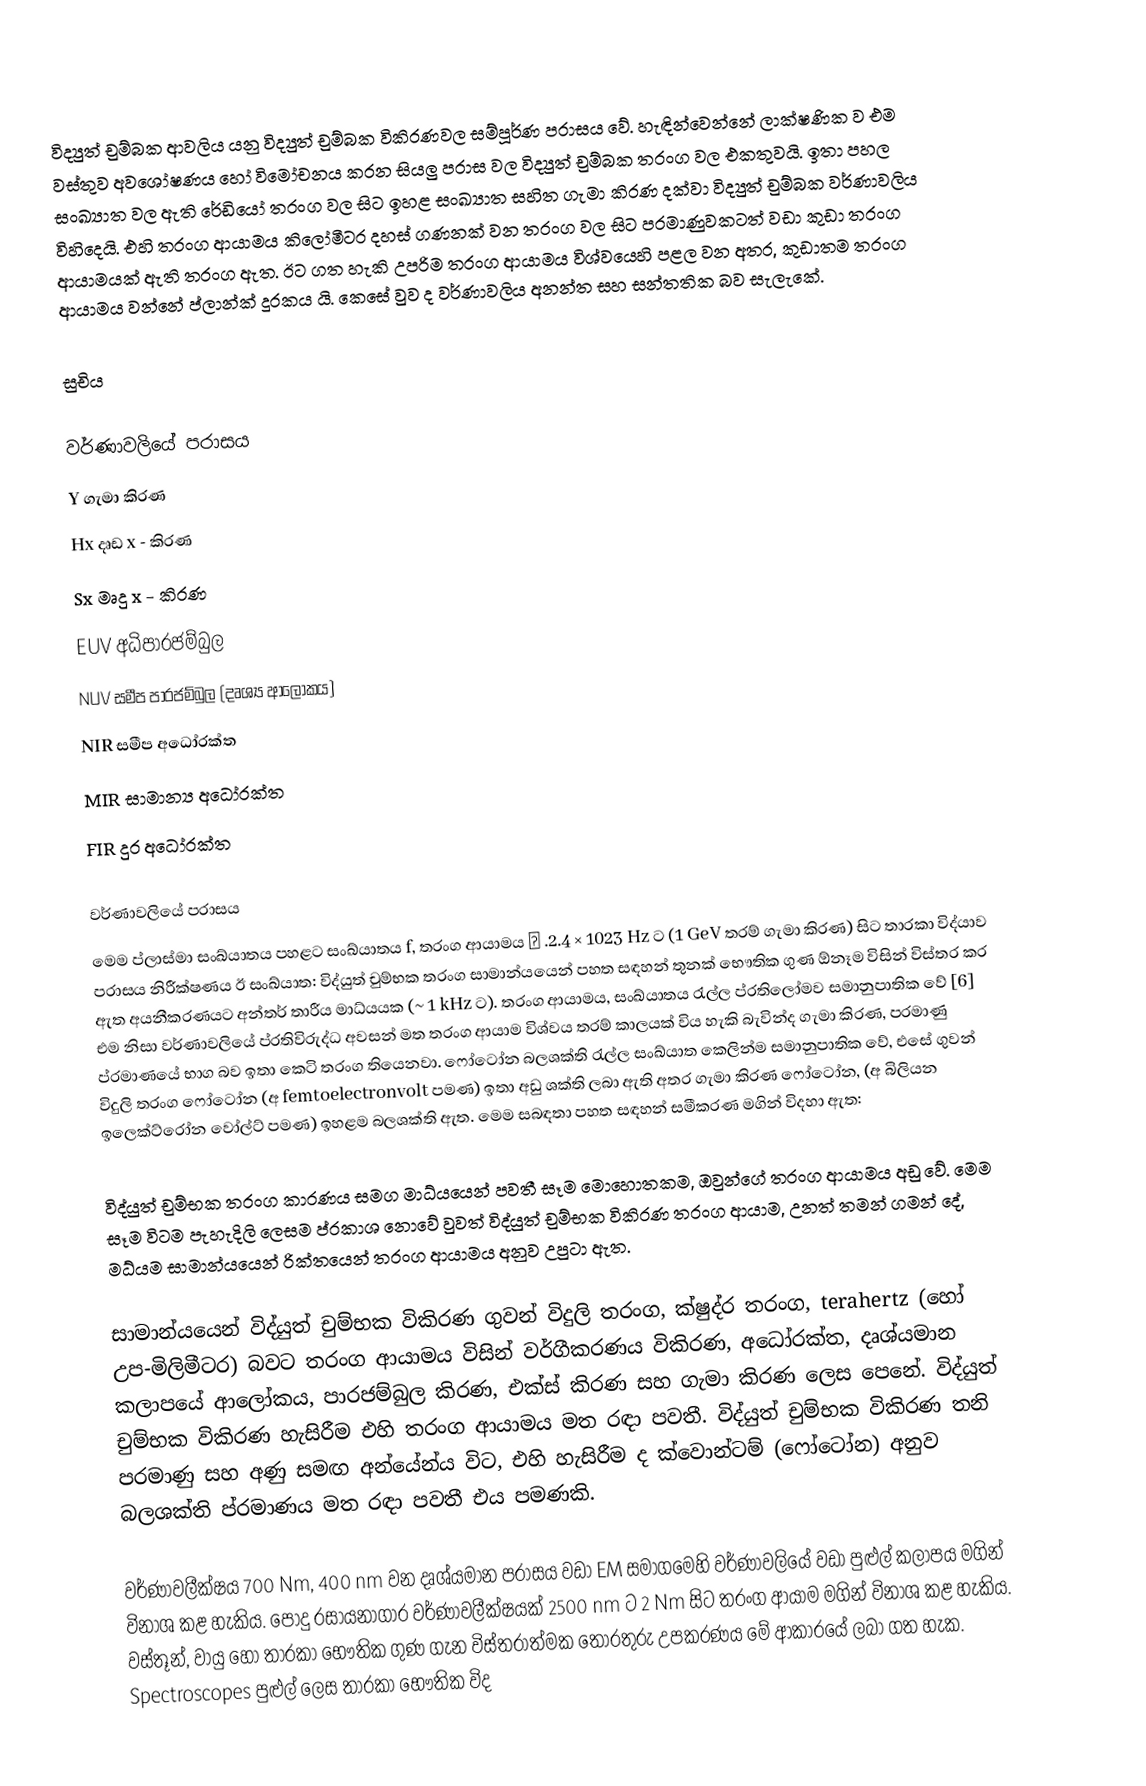
විද්‍යුත් චුම්බක ආවලිය යනු විද්‍යුත් චුම්බක විකිරණවල සම්පූර්ණ පරාසය වේ. හැඳින්වෙන්නේ ලාක්ෂණික ව එම වස්තුව අවශෝෂණය හෝ විමෝචනය කරන සියලු පරාස වල විද්‍යුත් චුම්බක තරංග වල එකතුවයි. ඉතා පහල සංඛ්‍යාත වල ඇති රේඩියෝ තරංග වල සිට ඉහළ සංඛ්‍යාත සහිත ගැමා කිරණ දක්වා විද්‍යුත් චුම්බක වර්ණාවලිය විහිදෙයි. එහි තරංග ආයාමය කිලෝමීටර දහස් ගණනක් වන තරංග වල සිට පරමාණුවකටත් වඩා කුඩා තරංග ආයාමයක් ඇති තරංග ඇත. ඊට ගත හැකි උපරිම තරංග ආයාමය විශ්වයෙහි පළල වන අතර, කුඩාතම තරංග ආයාමය වන්නේ ප්ලාන්ක් දූරකය යි. කෙසේ වුව ද වර්ණාවලිය අනන්ත සහ සන්තතික බව සැලැකේ.

සුචිය

වර්ණාවලියේ පරාසය
Y ගැමා කිරණ
Hx දෘඩ x - කිරණ
Sx මෘදු x - කිරණ
EUV අධිපාරජම්බුල
NUV සමීප පාරජම්බුල (දෘශ්‍ය ආලෝකය)
NIR සමීප අධෝරක්ත
MIR සාමාන්‍ය අධෝරක්ත
FIR දුර අධෝරක්ත

වර්ණාවලියේ පරාසය
මෙම ප්ලාස්මා සංඛ්යාතය පහළට සංඛ්යාතය f, තරංග ආයාමය λ .2.4 × 1023 Hz ට (1 GeV තරම් ගැමා කිරණ) සිට තාරකා විද්යාව පරාසය නිරීක්ෂණය ඊ සංඛ්යාත: විද්යුත් චුම්භක තරංග සාමාන්යයෙන් පහත සඳහන් තුනක් භෞතික ගුණ ඕනෑම විසින් විස්තර කර ඇත අයනීකරණයට අන්තර් තාරීය මාධ්යයක (~ 1 kHz ට). තරංග ආයාමය, සංඛ්යාතය රැල්ල ප්රතිලෝමව සමානුපාතික වේ [6] එම නිසා වර්ණාවලියේ ප්රතිවිරුද්ධ අවසන් මත තරංග ආයාම විශ්වය තරම් කාලයක් විය හැකි බැවින්ද ගැමා කිරණ, පරමාණු ප්රමාණයේ භාග බව ඉතා කෙටි තරංග තියෙනවා. ෆෝටෝන බලශක්ති රැල්ල සංඛ්යාත කෙලින්ම සමානුපාතික වේ, එසේ ගුවන් විදුලි තරංග ෆෝටෝන (අ femtoelectronvolt පමණ) ඉතා අඩු ශක්ති ලබා ඇති අතර ගැමා කිරණ ෆෝටෝන, (අ බිලියන ඉලෙක්ට්රෝන වෝල්ට් පමණ) ඉහළම බලශක්ති ඇත. මෙම සබඳතා පහත සඳහන් සමීකරණ මගින් විදහා ඇත:

විද්යුත් චුම්භක තරංග කාරණය සමග මාධ්යයෙන් පවතී සෑම මොහොතකම, ඔවුන්ගේ තරංග ආයාමය අඩු වේ. මෙම සෑම විටම පැහැදිලි ලෙසම ප්රකාශ නොවේ වුවත් විද්යුත් චුම්භක විකිරණ තරංග ආයාම, උනත් තමන් ගමන් දේ, මධ්යම සාමාන්යයෙන් රික්තයෙන් තරංග ආයාමය අනුව උපුටා ඇත.

සාමාන්යයෙන් විද්යුත් චුම්භක විකිරණ ගුවන් විදුලි තරංග, ක්ෂුද්ර තරංග, terahertz (හෝ උප-මිලිමීටර) බවට තරංග ආයාමය විසින් වර්ගීකරණය විකිරණ, අධෝරක්ත, දෘශ්යමාන කලාපයේ ආලෝකය, පාරජම්බුල කිරණ, එක්ස් කිරණ සහ ගැමා කිරණ ලෙස පෙනේ. විද්යුත් චුම්භක විකිරණ හැසිරීම එහි තරංග ආයාමය මත රඳා පවතී. විද්යුත් චුම්භක විකිරණ තනි පරමාණු සහ අණු සමඟ අන්යේන්ය විට, එහි හැසිරීම ද ක්වොන්ටම් (ෆෝටෝන) අනුව බලශක්ති ප්රමාණය මත රඳා පවතී එය පමණකි.

වර්ණාවලීක්ෂය 700 Nm, 400 nm වන දෘශ්යමාන පරාසය වඩා EM සමාගමෙහි වර්ණාවලියේ වඩා පුළුල් කලාපය මගින් විනාශ කළ හැකිය. පොදු රසායනාගාර වර්ණාවලීක්ෂයක් 2500 nm ට 2 Nm සිට තරංග ආයාම මගින් විනාශ කළ හැකිය. වස්තූන්, වායු හෝ තාරකා භෞතික ගුණ ගැන විස්තරාත්මක තොරතුරු උපකරණය මේ ආකාරයේ ලබා ගත හැක. Spectroscopes පුළුල් ලෙස තාරකා භෞතික විද